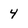
Character: 4